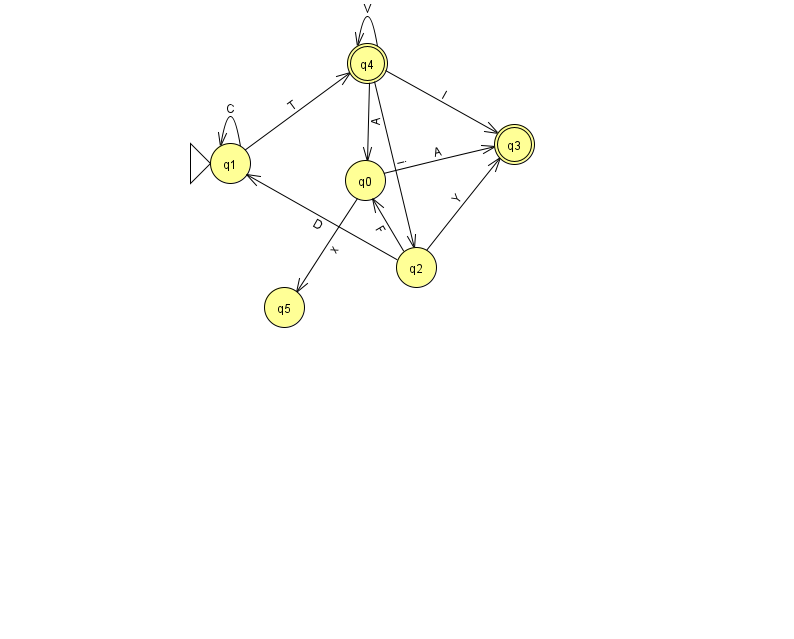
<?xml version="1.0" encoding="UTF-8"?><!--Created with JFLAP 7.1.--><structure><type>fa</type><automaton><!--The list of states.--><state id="0" name="q0"><x>365.0</x><y>167.0</y></state><state id="1" name="q1"><x>230.0</x><y>150.0</y><initial/></state><state id="2" name="q2"><x>416.0</x><y>254.0</y></state><state id="3" name="q3"><x>514.0</x><y>131.0</y><final/></state><state id="4" name="q4"><x>367.0</x><y>50.0</y><final/></state><state id="5" name="q5"><x>284.0</x><y>294.0</y></state><!--The list of transitions.--><transition><from>2</from><to>0</to><read>F</read></transition><transition><from>4</from><to>2</to><read>i</read></transition><transition><from>1</from><to>1</to><read>C</read></transition><transition><from>1</from><to>4</to><read>T</read></transition><transition><from>4</from><to>3</to><read>I</read></transition><transition><from>0</from><to>3</to><read>A</read></transition><transition><from>4</from><to>4</to><read>V</read></transition><transition><from>0</from><to>5</to><read>x</read></transition><transition><from>2</from><to>1</to><read>D</read></transition><transition><from>2</from><to>3</to><read>Y</read></transition><transition><from>4</from><to>0</to><read>A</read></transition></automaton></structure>